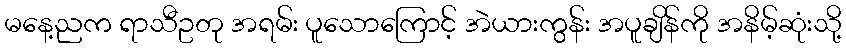
မနေ့ညက ရာသီဥတု အရမ်း ပူသောကြောင့် အဲယားကွန်း အပူချိန်ကို အနိမ့်ဆုံးသို့